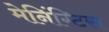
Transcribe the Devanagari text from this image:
मेनिंग्टिस